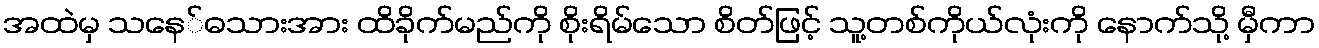
အထဲမှ သနေ်ဓသားအား ထိခိုက်မည်ကို စိုးရိမ်သော စိတ်ဖြင့် သူ့တစ်ကိုယ်လုံးကို နောက်သို့ မှီကာ